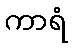
ကာရံ